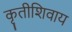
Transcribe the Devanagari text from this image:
कृतीशिवाय